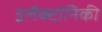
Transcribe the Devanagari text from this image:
इलैक्टोनिकी